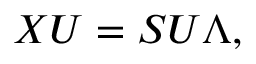
X U = S U \Lambda ,